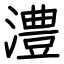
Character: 澧